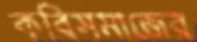
কবিসমাজের